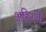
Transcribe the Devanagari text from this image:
अहिरांची